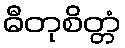
ဓီတုစိတ္တံ